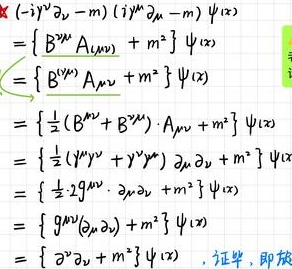
\[
\begin{align*}
&( - i \gamma ^ { \nu } \partial _ { \nu } - m ) ( i \gamma ^ { \mu } \partial _ { \mu } - m ) \psi ( x )\\
=& \{ B ^ { \mu \nu } A _ { \mu \nu } + m ^ { 2 } \} \psi ( x )\\
=& \{ B ^ { ( \mu \nu ) } A _ { \mu \nu } + m ^ { 2 } \} \psi ( x )\\
=& \{ \frac { 1 } { 2 } ( B ^ { \mu \nu } + B ^ { \nu \mu } ) \cdot A _ { \mu \nu } + m ^ { 2 } \} \psi ( x )\\
=& \{ \frac { 1 } { 2 } ( \gamma ^ { \mu } \gamma ^ { \nu } + \gamma ^ { \nu } \gamma ^ { \mu } ) \partial _ { \mu } \partial _ { \nu } + m ^ { 2 } \} \psi ( x )\\
=& \{ \frac { 1 } { 2 } \cdot 2 g ^ { \mu \nu } \cdot \partial _ { \mu } \partial _ { \nu } + m ^ { 2 } \} \psi ( x )\\
=& \{ g ^ { \mu \nu } ( \partial _ { \mu } \partial _ { \nu } ) + m ^ { 2 } \} \psi ( x )\\
=& \{ \partial ^ { \nu } \partial _ { \nu } + m ^ { 2 } \} \psi ( x ) \quad \text{证毕，即放}
\end{align*}
\]